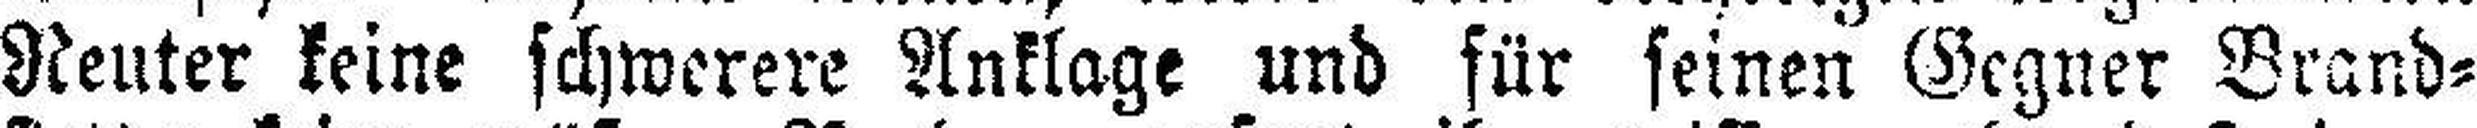
Reuter keine schwerere Anklage und für seinen Gegner Brand¬